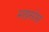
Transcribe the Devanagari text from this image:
मख़सोस